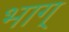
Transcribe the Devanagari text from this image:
भाग्